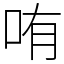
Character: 哊